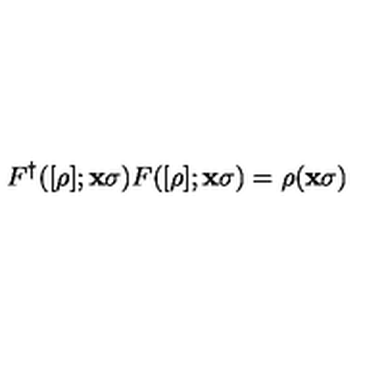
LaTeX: F ^ { \dagger } ( [ \rho ] ; { \bf { x } } \sigma ) F ( [ \rho ] ; { \bf { x } } \sigma ) = \rho ( { \bf { x } } \sigma )